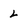
Character: L